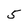
Character: 5